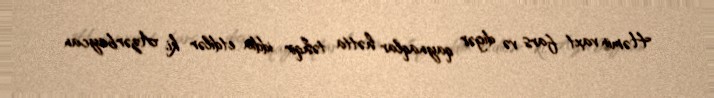
Həmin vaxt fars və digər qaynaqlar hətta təhqir iddia etdilər ki, Azərbaycan